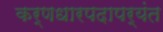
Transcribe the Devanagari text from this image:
कर्णधारपदापर्यंत